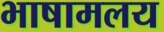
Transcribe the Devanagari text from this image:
भाषामलय